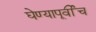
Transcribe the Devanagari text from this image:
घेण्यापूर्वीच